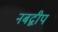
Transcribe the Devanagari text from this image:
नबद्वीप